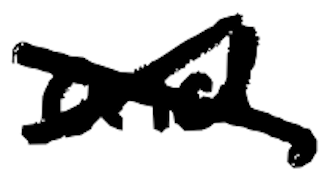
Text: and
Cross-out: mix
Writing tool: digital_black